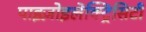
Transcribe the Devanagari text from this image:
पाइज़ोइलेक्ट्रिसिटी